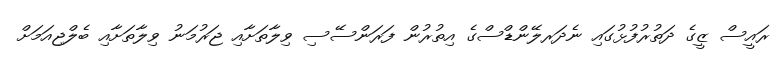
ރައީސް ޒީގެ ދަތުރުފުޅުގައި ނެދަރލޭންޑްސްގެ އިތުރުން ފަރަންސޭސި ވިލާތަށާއި ޖަރުމަނު ވިލާތަށާއި ބެލްޖިއަމަށް